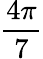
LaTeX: \frac{4\pi}{7}